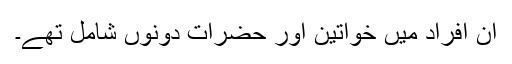
ان افراد میں خواتین اور حضرات دونوں شامل تھے۔